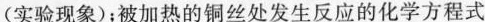
(实验现象)；被加热的铜丝处发生反应的化学方程式